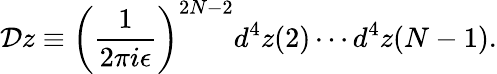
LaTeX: {\cal D}z\equiv\left({\frac{1}{2\pi i\epsilon}}\right)^{2N-2}d^{4}z(2)\cdots d^{4}z(N-1).